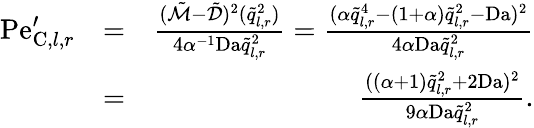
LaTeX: \begin{array}{rlr}{\mathrm{Pe}_{\mathrm{C},l,r}^{\prime}}&{=}&{\frac{(\tilde{\mathcal{M}}-\tilde{\mathcal{D}})^{2}(\tilde{q}_{l,r}^{2})}{4\alpha^{-1}\mathrm{Da}\tilde{q}_{l,r}^{2}}=\frac{(\alpha\tilde{q}_{l,r}^{4}-(1+\alpha)\tilde{q}_{l,r}^{2}-\mathrm{Da})^{2}}{4\alpha\mathrm{Da}\tilde{q}_{l,r}^{2}}}\\ &{=}&{\frac{((\alpha+1)\tilde{q}_{l,r}^{2}+2\mathrm{Da})^{2}}{9\alpha\mathrm{Da}\tilde{q}_{l,r}^{2}}.}\end{array}